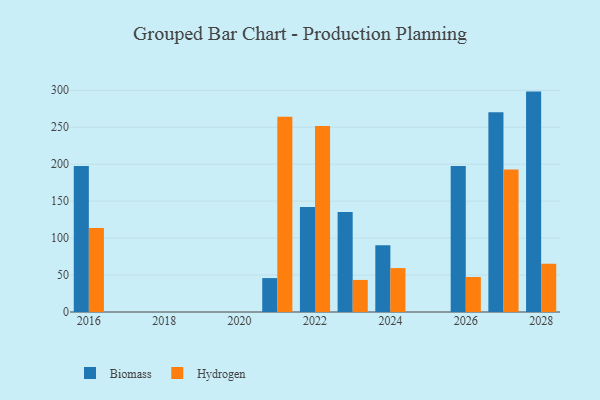
{"axis": {"x": "Year", "y": "Customer Acquisition Cost (USD)"}, "legend": ["Biomass", "Hydrogen"], "data": [{"x": "2021", "y": 45.9, "type": "Biomass"}, {"x": "2021", "y": 264.1, "type": "Hydrogen"}, {"x": "2024", "y": 90.4, "type": "Biomass"}, {"x": "2024", "y": 59.4, "type": "Hydrogen"}, {"x": "2028", "y": 298.2, "type": "Biomass"}, {"x": "2028", "y": 65.3, "type": "Hydrogen"}, {"x": "2027", "y": 270.1, "type": "Biomass"}, {"x": "2027", "y": 192.9, "type": "Hydrogen"}, {"x": "2026", "y": 197.6, "type": "Biomass"}, {"x": "2026", "y": 47.4, "type": "Hydrogen"}, {"x": "2023", "y": 135.2, "type": "Biomass"}, {"x": "2023", "y": 43.4, "type": "Hydrogen"}, {"x": "2016", "y": 197.6, "type": "Biomass"}, {"x": "2016", "y": 113.6, "type": "Hydrogen"}, {"x": "2022", "y": 142.1, "type": "Biomass"}, {"x": "2022", "y": 251.5, "type": "Hydrogen"}]}